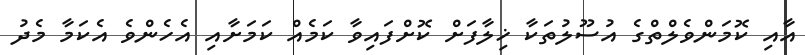
އާއި ކޮމަންވެލްތްގެ އުސޫލުތަކާ ޚިލާފަށް ކޮށްފައިވާ ކަމެއް ކަމަށާއި އެހެންވެ އެކަމާ މެދު